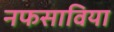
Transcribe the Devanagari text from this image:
नफसाविया